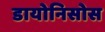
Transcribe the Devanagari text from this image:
डायोनिसोस